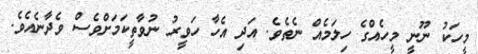
މީހަކު ނޫނީ މީހެއްގެ ހިލަމެއް ނެތެވެ. އަދި އެހާ ހަވީރު ނުވާތީކަމަށްވެސް ވެދާނެއެވެ.